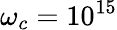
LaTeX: \omega_{c}=10^{15}